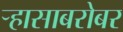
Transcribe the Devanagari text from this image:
ऱ्हासाबरोबर